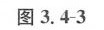
图3.4-3